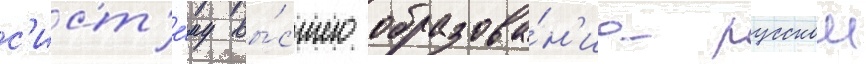
с'ист'е́му вы́сшего образова́н'иа русскои